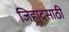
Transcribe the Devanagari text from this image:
जिहादसाठी